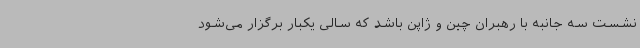
نشست سه جانبه با رهبران چین و ژاپن باشد که سالی یکبار برگزار می‌شود